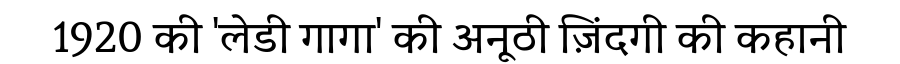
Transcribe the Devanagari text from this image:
1920 की 'लेडी गागा' की अनूठी ज़िंदगी की कहानी